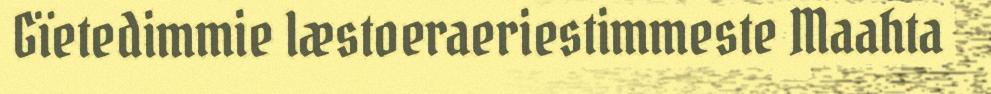
Gïetedimmie læstoeraeriestimmeste Maahta